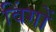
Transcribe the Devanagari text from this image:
विंगों